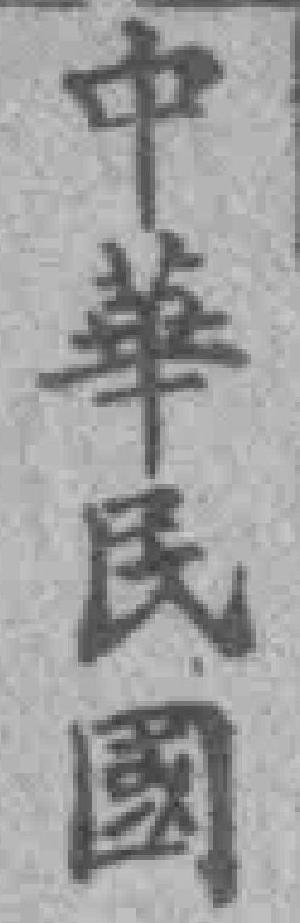
中華民國